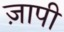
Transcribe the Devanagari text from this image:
ज़ापी